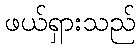
ဖယ်ရှားသည်